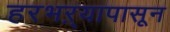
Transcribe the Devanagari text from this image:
हरभऱ्यापासून